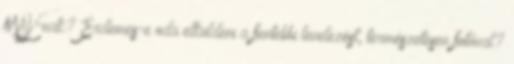
MÁV-nak? Érdemes-e oda elküldeni a fentebbi levelezést, természetesen fotóval?